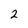
Character: 2